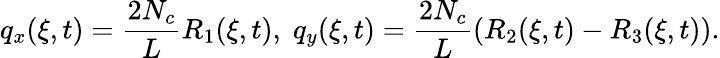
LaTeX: q_{x}(\xi,t)=\frac{2N_{c}}{L}R_{1}(\xi,t),\; q_{y}(\xi,t)=\frac{2N_{c}}{L}(R_{2}(\xi,t)-R_{3}(\xi,t)).